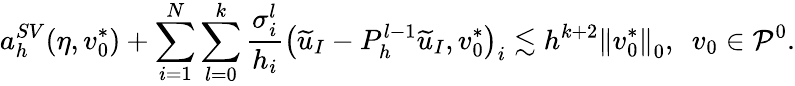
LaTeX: a_{h}^{SV}(\eta,v_{0}^{*})+\sum_{i=1}^{N}\sum_{l=0}^{k}\frac{\sigma_{i}^{l}}{h_{i}}\left(\widetilde{u}_{I}-P_{h}^{l-1}\widetilde{u}_{I},v_{0}^{*}\right)_{i}\lesssim h^{k+2}\left\lVert v_{0}^{*}\right\rVert_{0},\ \ v_{0}\in\mathcal{P}^{0}.